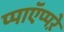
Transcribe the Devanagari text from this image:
प्पाऍप्पऱे